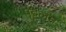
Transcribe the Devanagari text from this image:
पट्टलम